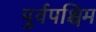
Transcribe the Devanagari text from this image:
पुर्वपश्चिम